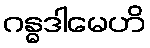
ဂန္ဓဒါမေဟိ